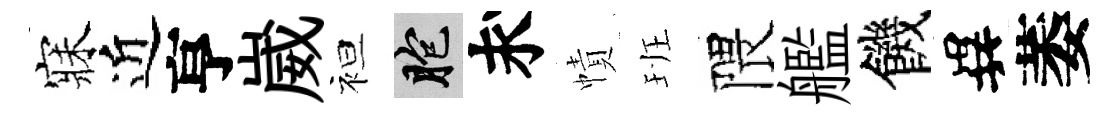
寐近亨崴袒胞求幘班隈艦饑異萎